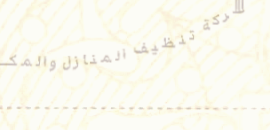
شركة تنظيف المنازل والمكا